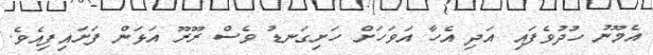
އެމޫނު ހުދުވެފައި އަދި އެހާ އަވަހަށް ހަށިގަނޑު ވެސް ރޫރޫ އަޅަން ފަށައިފިއެވެ.